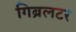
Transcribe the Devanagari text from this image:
गिब्रलटर